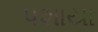
પશાયા